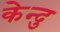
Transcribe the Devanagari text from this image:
केन्दु